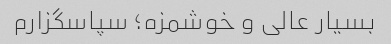
بسیار عالی و خوشمزه؛ سپاسگزارم